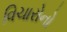
વિચારોનો